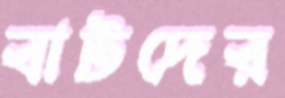
বাটদের